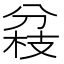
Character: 𠔢